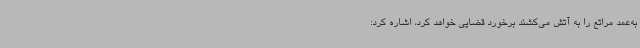
به‌عمد مراتع را به آتش می‌کشند برخورد قضایی خواهد کرد، اشاره کرد: